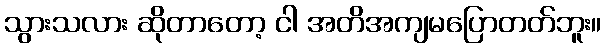
သွားသလား ဆိုတာတော့ ငါ အတိအကျမပြောတတ်ဘူး။